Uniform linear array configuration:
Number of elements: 32
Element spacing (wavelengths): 0.75
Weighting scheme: hamming
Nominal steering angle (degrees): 15
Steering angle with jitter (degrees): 15.74
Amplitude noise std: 0.05
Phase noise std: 0.05

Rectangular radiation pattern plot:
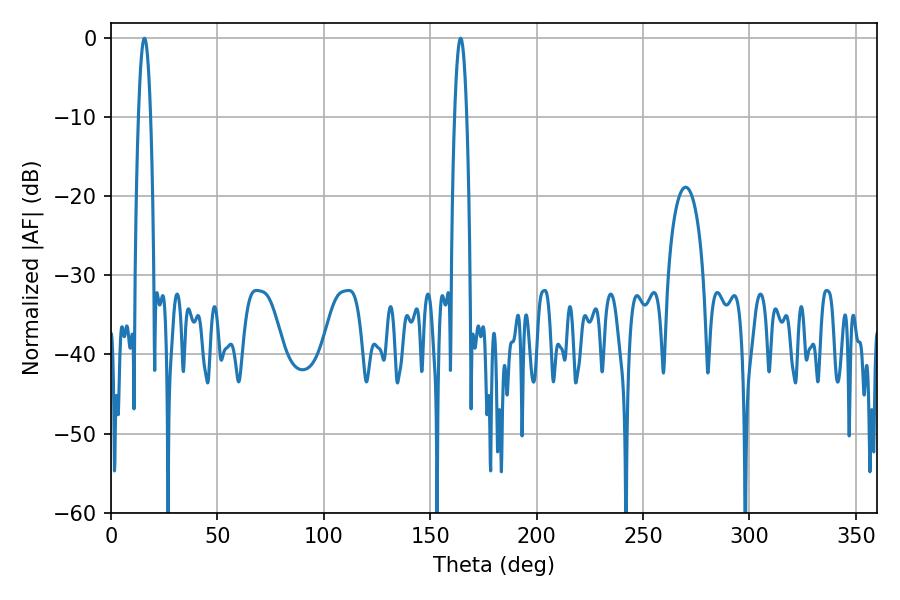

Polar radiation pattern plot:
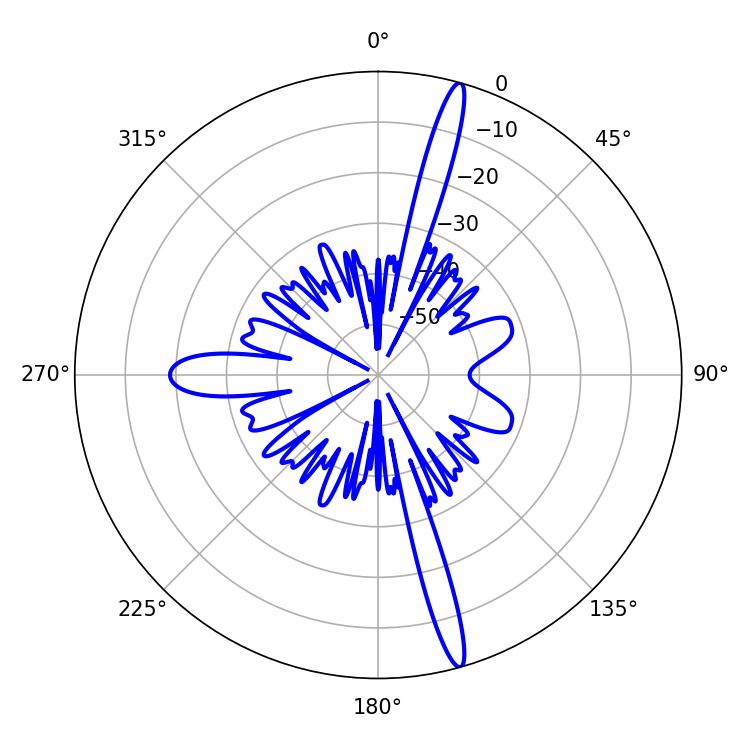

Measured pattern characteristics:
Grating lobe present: TRUE
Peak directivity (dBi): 18.207
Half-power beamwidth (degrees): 3.06
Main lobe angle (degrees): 15.66